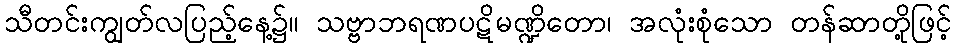
သီတင်းကျွတ်လပြည့်နေ့၌။ သဗ္ဗာဘရဏပဋိမဏ္ဍိတော၊ အလုံးစုံသော တန်ဆာတို့ဖြင့်